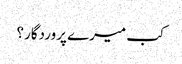
کب میرے پروردگار؟